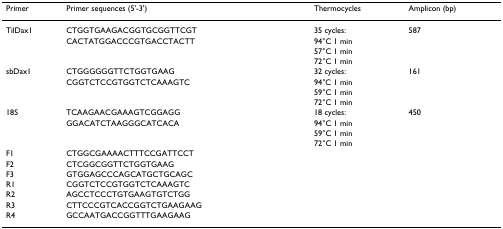
<table><thead><tr><td><b>Primer</b></td><td><b>Primer sequences (5&#x27;-3&#x27;)</b></td><td><b>Thermocycles</b></td><td><b>Amplicon (bp)</b></td></tr></thead><tbody><tr><td>TilDax1</td><td>CTGGTGAAGACGGTGCGGTTCGT</td><td>35 cycles:</td><td>587</td></tr><tr><td></td><td>CACTATGGACCCGTGACCTACTT</td><td>94°C 1 min</td><td></td></tr><tr><td></td><td></td><td>57°C 1 min</td><td></td></tr><tr><td></td><td></td><td>72°C 1 min</td><td></td></tr><tr><td>sbDax1</td><td>CTGGGGGGTTCTGGTGAAG</td><td>32 cycles:</td><td>161</td></tr><tr><td></td><td>CGGTCTCCGTGGTCTCAAAGTC</td><td>94°C 1 min</td><td></td></tr><tr><td></td><td></td><td>59°C 1 min</td><td></td></tr><tr><td></td><td></td><td>72°C 1 min</td><td></td></tr><tr><td>18S</td><td>TCAAGAACGAAAGTCGGAGG</td><td>18 cycles:</td><td>450</td></tr><tr><td></td><td>GGACATCTAAGGGCATCACA</td><td>94°C 1 min</td><td></td></tr><tr><td></td><td></td><td>59°C 1 min</td><td></td></tr><tr><td></td><td></td><td>72°C 1 min</td><td></td></tr><tr><td>F1</td><td>CTGGCGAAAACTTTCCGATTCCT</td><td></td><td></td></tr><tr><td>F2</td><td>CTCGGCGGTTCTGGTGAAG</td><td></td><td></td></tr><tr><td>F3</td><td>GTGGAGCCCAGCATGCTGCAGC</td><td></td><td></td></tr><tr><td>R1</td><td>CGGTCTCCGTGGTCTCAAAGTC</td><td></td><td></td></tr><tr><td>R2</td><td>AGCCTCCCTGTGAAGTGTCTGG</td><td></td><td></td></tr><tr><td>R3</td><td>CTTCCCGTCACCGGTCTGAAGAAG</td><td></td><td></td></tr><tr><td>R4</td><td>GCCAATGACCGGTTTGAAGAAG</td><td></td><td></td></tr></tbody></table>